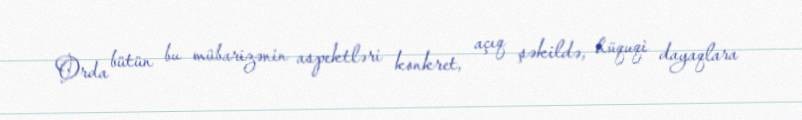
Orda bütün bu mübarizənin aspektləri konkret, açıq şəkildə, hüquqi dayaqlara